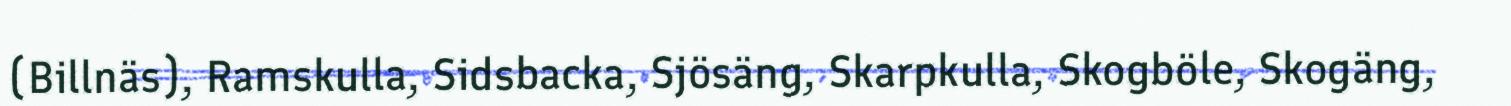
(Billnäs), Ramskulla, Sidsbacka, Sjösäng, Skarpkulla, Skogböle, Skogäng,